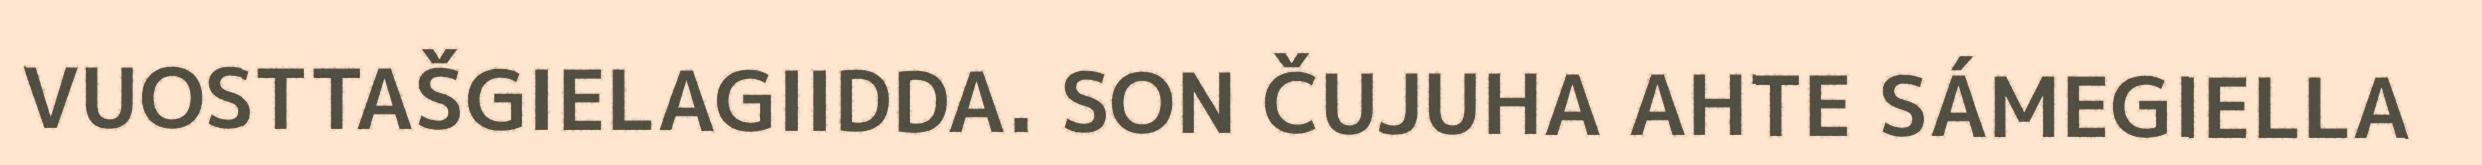
VUOSTTAŠGIELAGIIDDA. SON ČUJUHA AHTE SÁMEGIELLA